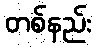
တစ်နည်း